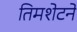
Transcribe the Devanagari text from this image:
तिमशेटने